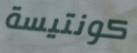
كونتيسة